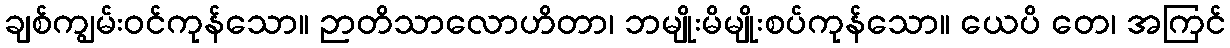
ချစ်ကျွမ်းဝင်ကုန်သော။ ဉာတိသာလောဟိတာ၊ ဘမျိုးမိမျိုးစပ်ကုန်သော။ ယေပိ တေ၊ အကြင်